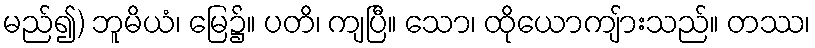
မည်၍) ဘူမိယံ၊ မြေ၌။ ပတိ၊ ကျပြီ။ သော၊ ထိုယောကျ်ားသည်။ တဿ၊